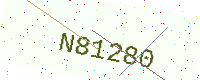
Text: N81280